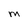
Character: M